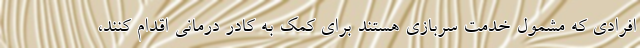
افرادی که مشمول خدمت سربازی هستند برای کمک به کادر درمانی اقدام کنند،